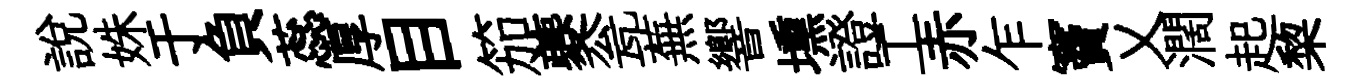
說姝于負蕊厚目笳夔瓮蕪響壎證工赤乍竇乂濶起棃